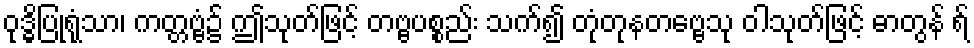
ဝုဒ္ဓိပြုရုံသာ၊ ကတ္တဗ္ဗံ၌ ဤသုတ်ဖြင့် တဗ္ဗပစ္စည်း သက်၍ တုံတုနတဗ္ဗေသု ဝါသုတ်ဖြင့် ဓာတွန် ရ်